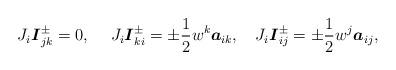
LaTeX: \begin{align*}J_{i}\boldsymbol{I}_{jk}^{\pm }=0,\;\ \ \;J_{i}\boldsymbol{I}_{ki}^{\pm}=\pm \frac{1}{2}w^{k}\boldsymbol{a}_{ik},\;\ \ J_{i}\boldsymbol{I}_{ij}^{\pm }=\pm \frac{1}{2}w^{j}\boldsymbol{a}_{ij},\end{align*}